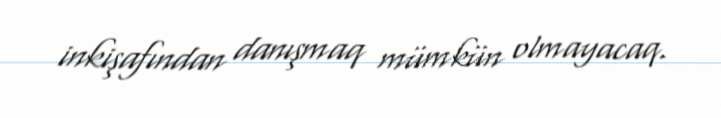
inkişafından danışmaq mümkün olmayacaq.